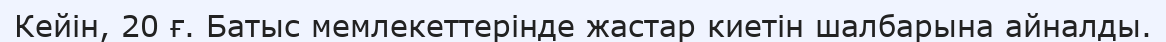
Кейін, 20 ғ. Батыс мемлекеттерінде жастар киетін шалбарына айналды.